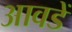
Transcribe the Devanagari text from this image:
आवडें